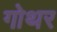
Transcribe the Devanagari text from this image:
गोथर